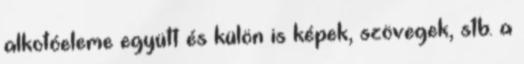
alkotóeleme együtt és külön is képek, szövegek, stb. a